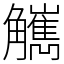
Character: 觽